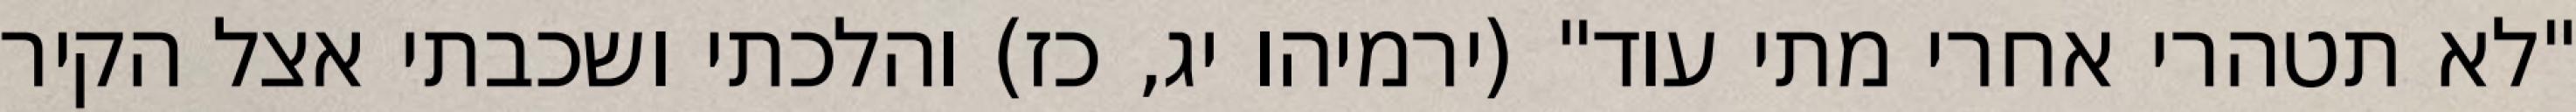
"לא תטהרי אחרי מתי עוד" (ירמיהו יג, כז) והלכתי ושכבתי אצל הקיר